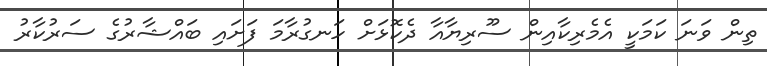
ތިން ވަނަ ކަމަކީ އެމެރިކާއިން ސޫރިޔާއާ ދެކޮޅަށް ހަނގުރާމަ ފަށައި ބައްޝާރުގެ ސަރުކާރު